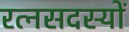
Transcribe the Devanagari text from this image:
रत्नसदस्यों